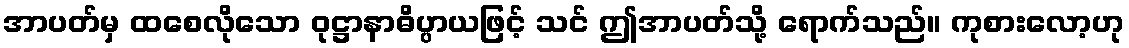
အာပတ်မှ ထစေလိုသော ဝုဋ္ဌာနာဓိပ္ပာယဖြင့် သင် ဤအာပတ်သို့ ရောက်သည်။ ကုစားလော့ဟု